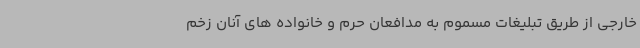
خارجی از طریق تبلیغات مسموم به مدافعان حرم و خانواده های آنان زخم